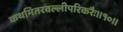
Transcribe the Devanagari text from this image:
कथमितरवल्लीपरिकरैः॥१०॥